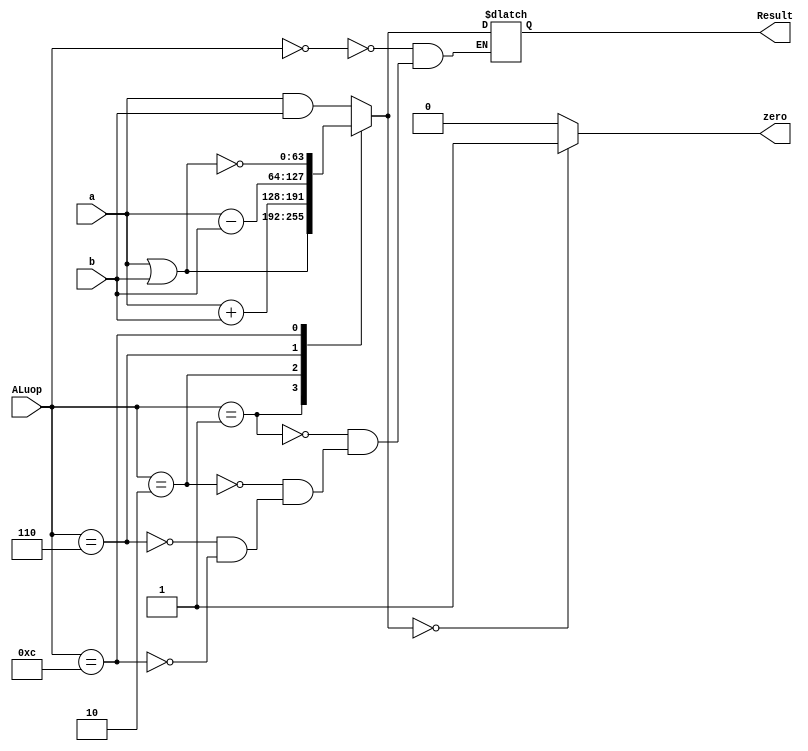
module Alu64
  (
    input [63:0] a,b,
    input [3:0] ALuop,
    output reg [63:0] Result,
    output reg zero
    
  );
  
  always @(*)
    begin
      case (ALuop)
        4'b0000: Result = a & b;
        4'b0001: Result = a | b;
        4'b0010: Result = a + b;
        4'b0110: Result = a - b;
        4'b1100: Result = ~(a | b); //nor
      endcase
      if (Result == 0)
        zero = 1;
      else
        zero = 0;
    end
endmodule